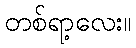
တစ်ရာ့လေး။